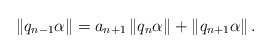
\begin{align*}\left\|q_{n-1} \alpha\right\|=a_{n+1}\left\|q_{n} \alpha\right\|+\left\|q_{n+1} \alpha\right\|.\end{align*}